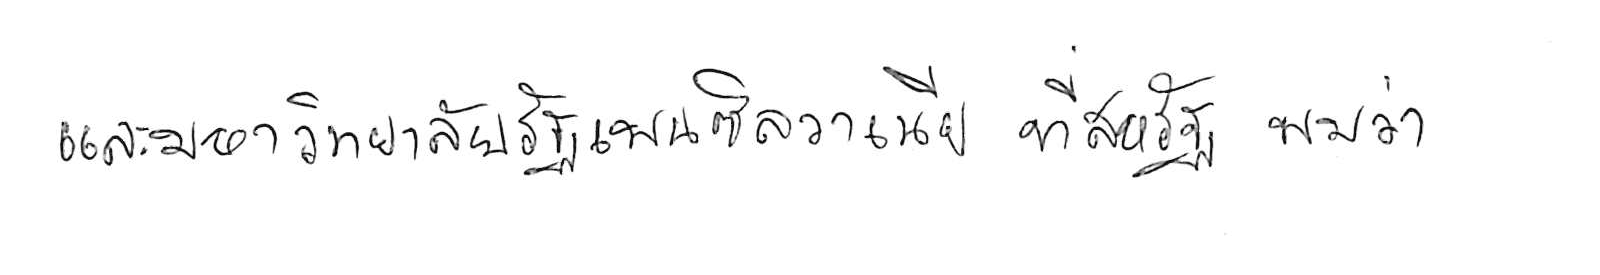
และมหาวิทยาลัยรัฐเพนซิลวาเนีย ที่สหรัฐ พบว่า